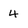
Character: 4